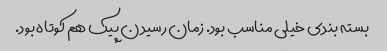
بسته بندی خیلی مناسب بود. زمان رسیدن پیک هم کوتاه بود.